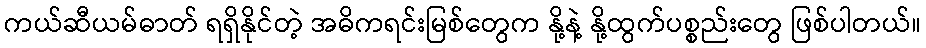
ကယ်ဆီယမ်ဓာတ် ရရှိနိုင်တဲ့ အဓိကရင်းမြစ်တွေက နို့နဲ့ နို့ထွက်ပစ္စည်းတွေ ဖြစ်ပါတယ်။